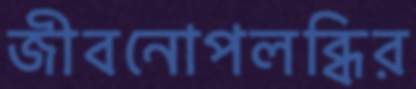
জীবনোপলব্ধির